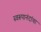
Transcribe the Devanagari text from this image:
स्वरूपानंदांचा